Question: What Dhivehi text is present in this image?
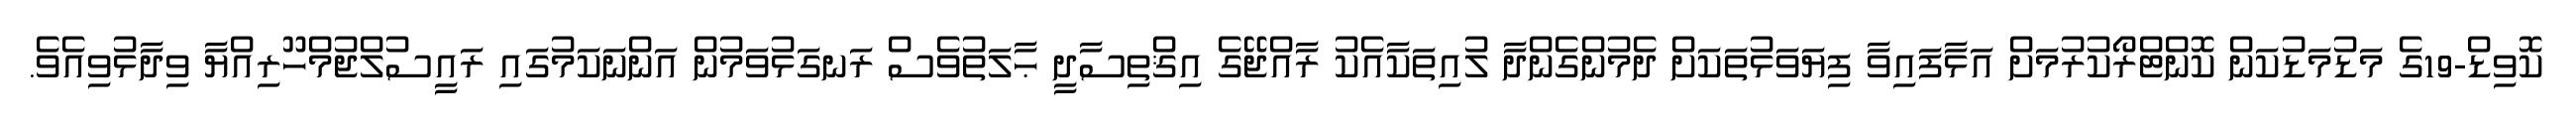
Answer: ކޮވިޑް-19ގެ މަޑުމަޑުކަން ކޮންޓްރޯކުރުމަށް އަޅާފައިވާ ފިޔަވަޅުތަކަށް ދެމުންގެންދާ ލުއިތަކާއެކު ރާއްޖޭގެ އިޤްތިސާދީ ޙާލަތުވެސް ރަނގަޅުވަމުން އަންނަކަމުގައި ރައީސުލްޖުމްހޫރިއްޔާ ވިދާޅުވިއެވެ.